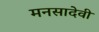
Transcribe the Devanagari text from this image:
मनसादेवी